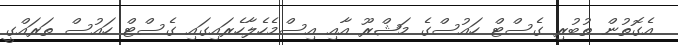
އެގޮތުން ތުބުރި ގެސްޓް ހައުސްގެ މަޝްރޫ އާއި އިސްމެހެލާހެރައިގައި ގެސްޓް ހައުސް ތަރައްގީ